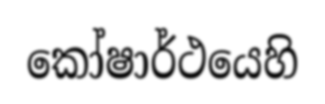
කෝෂාර්ථයෙහි